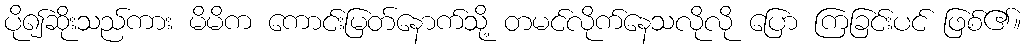
ပို၍ဆိုးသည်ကား မိမိက ကောင်းမြတ်နောက်သို့ တမင်လိုက်နေသလိုလို ပြော ကြခြင်းပင် ဖြစ်၏။